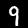
Label: 9